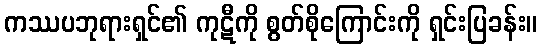
ကဿပဘုရားရှင်၏ ကုဋီကို စွတ်စိုကြောင်းကို ရှင်းပြခန်း။